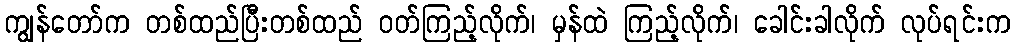
ကျွန်တော်က တစ်ထည်ပြီးတစ်ထည် ဝတ်ကြည့်လိုက်၊ မှန်ထဲ ကြည့်လိုက်၊ ခေါင်းခါလိုက် လုပ်ရင်းက